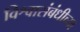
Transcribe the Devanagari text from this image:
विश्वासंबंधीच्या